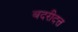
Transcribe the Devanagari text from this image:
बदरीदत्त